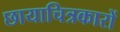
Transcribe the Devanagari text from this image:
छायाचित्रकारों